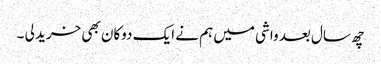
چھ سال بعد واشی میں ہم نے ایک دوکان بھی خرید لی ۔